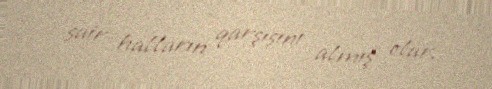
sair halların qarşısını almış olar.